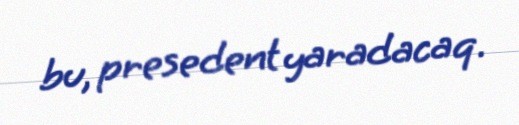
bu, presedent yaradacaq.